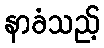
နာခံသည့်